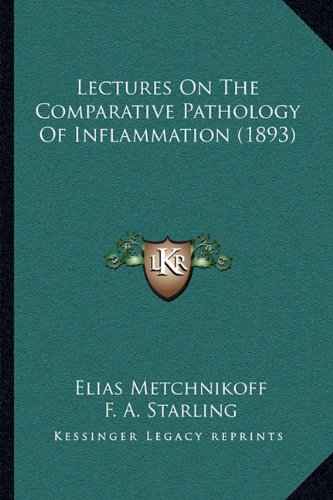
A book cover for Lectures On The Comparative Pathology Of Inflammation (1893); Elias Metchnikoff; Literature & Fiction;